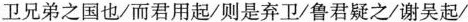
卫兄弟之国也/而君用起/则是弃卫/鲁君疑之/谢吴起